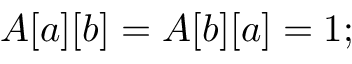
\quad A [ a ] [ b ] = A [ b ] [ a ] = 1 ;